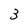
Character: 3